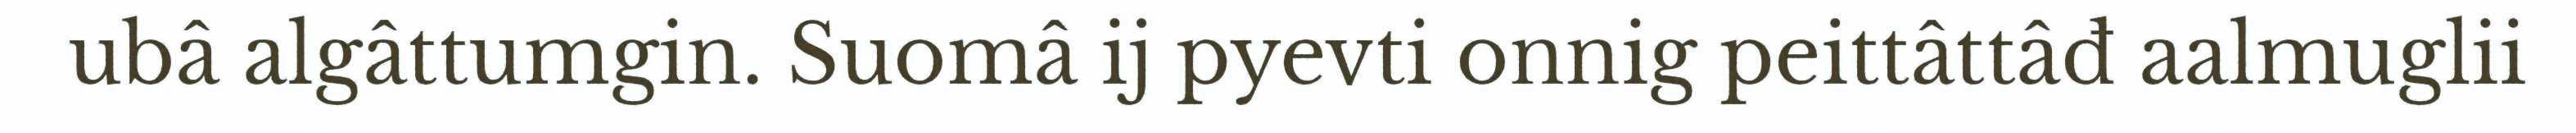
ubâ algâttumgin. Suomâ ij pyevti onnig peittâttâđ aalmuglii